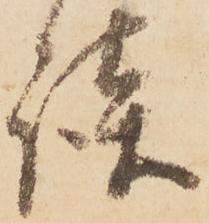
談